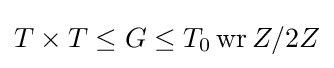
T\times T\leq G\leq T_{0}\operatorname {wr} Z/2Z